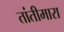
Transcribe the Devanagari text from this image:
तांतीमारा